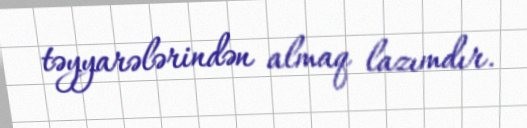
təyyarələrindən almaq lazımdır.